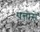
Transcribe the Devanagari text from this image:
पत्तोसे